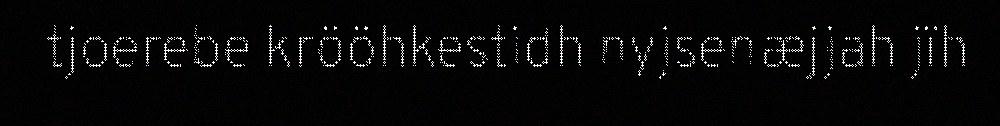
tjoerebe krööhkestidh nyjsenæjjah jïh